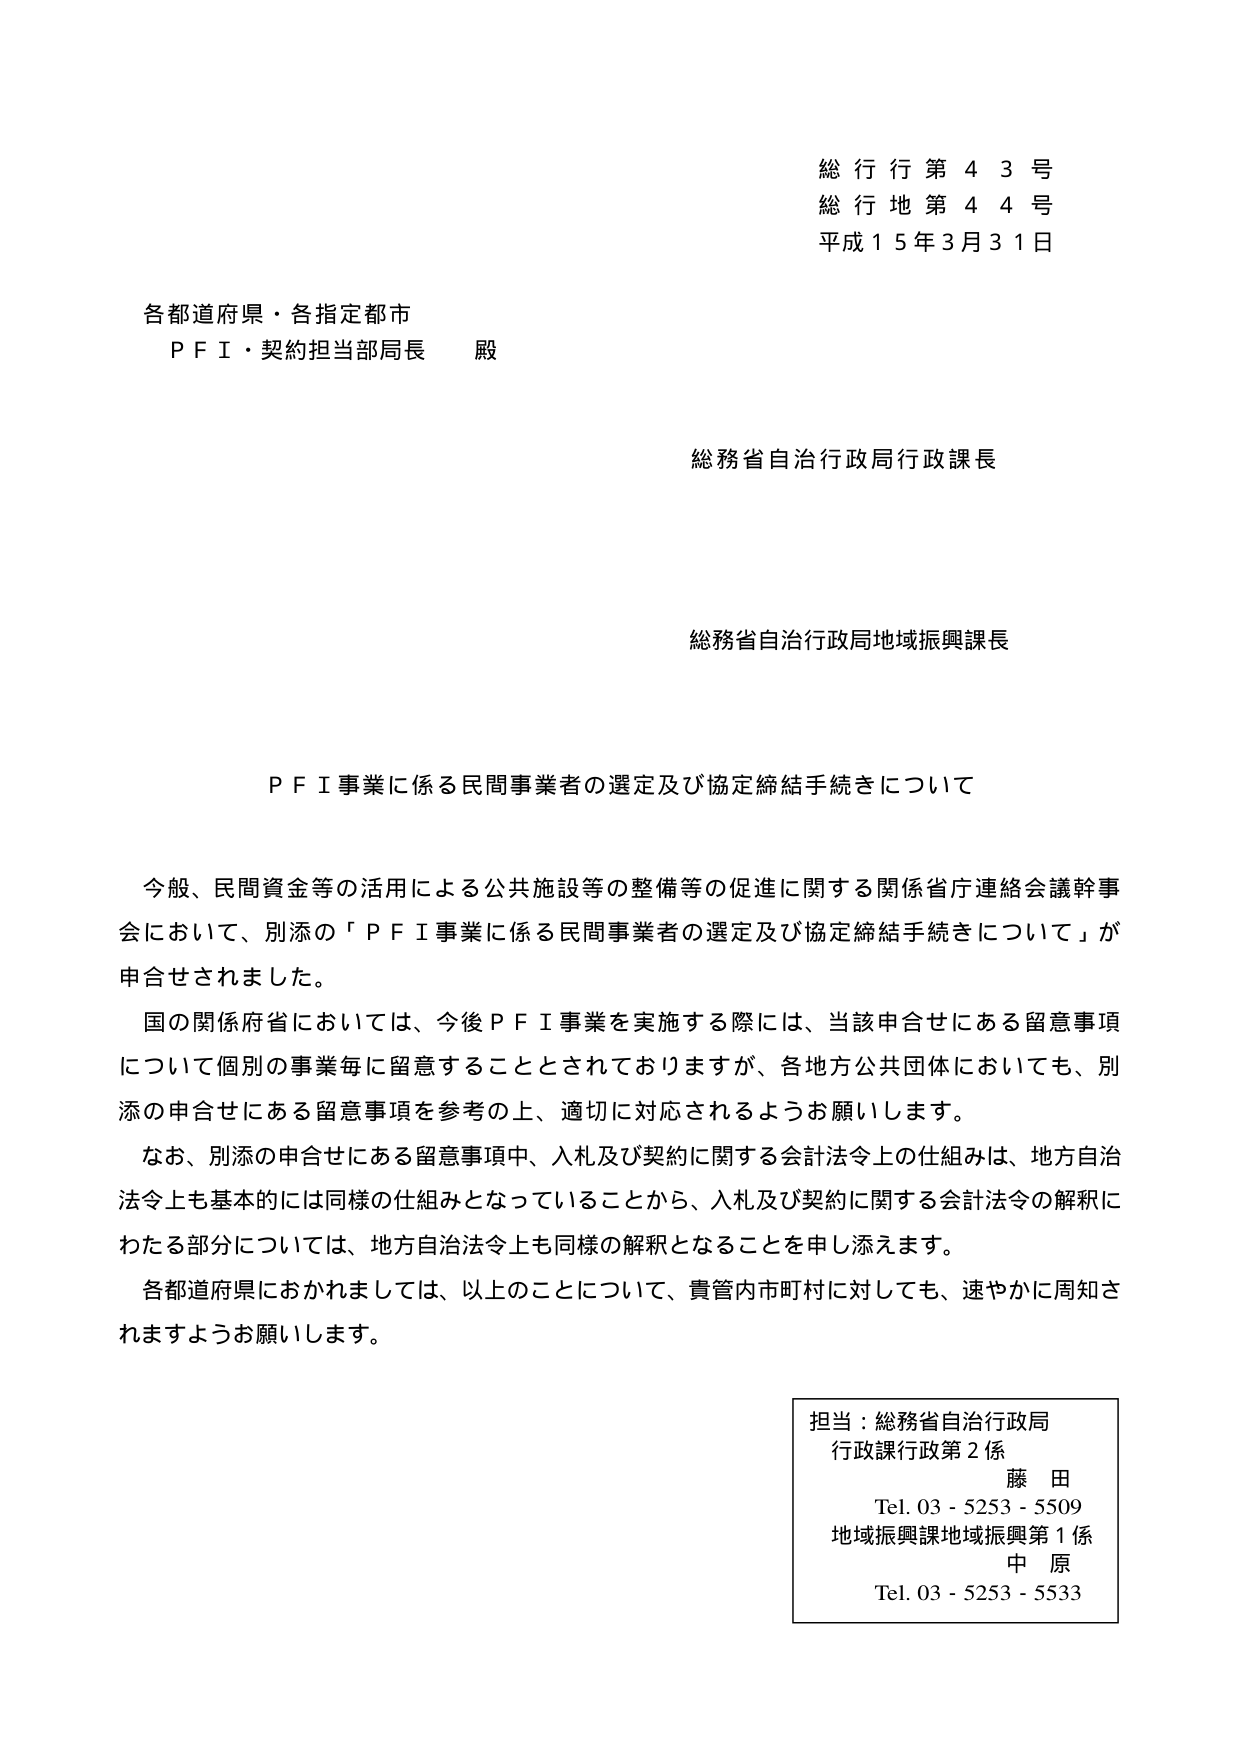
総行行第４３号
総行地第４４号
平成１５年３月３１日

各都道府県・各指定都市
ＰＦＩ・契約担当部局長 殿

総務省自治行政局行政課長

総務省自治行政局地域振興課長

ＰＦＩ事業に係る民間事業者の選定及び協定締結手続きについて

今般、民間資金等の活用による公共施設等の整備等の促進に関する関係省庁連絡会議幹事会において、別添の「ＰＦＩ事業に係る民間事業者の選定及び協定締結手続きについて」が申合せされました。

国の関係府省においては、今後ＰＦＩ事業を実施する際には、当該申合せにある留意事項について個別の事業毎に留意することとされておりますが、各地方公共団体においても、別添の申合せにある留意事項を参考の上、適切に対応されるようお願いします。

なお、別添の申合せにある留意事項中、入札及び契約に関する会計法令上の仕組みは、地方自治法令上も基本的には同様の仕組みとなっていることから、入札及び契約に関する会計法令の解釈にわたる部分については、地方自治法令上も同様の解釈となることを申し添えます。

各都道府県におかれましては、以上のことについて、貴管内市町村に対しても、速やかに周知されますようお願いします。

担当：総務省自治行政局
行政課行政第２係
藤田
Tel. 03 - 5253 - 5509
地域振興課地域振興第１係
中原
Tel. 03 - 5253 - 5533